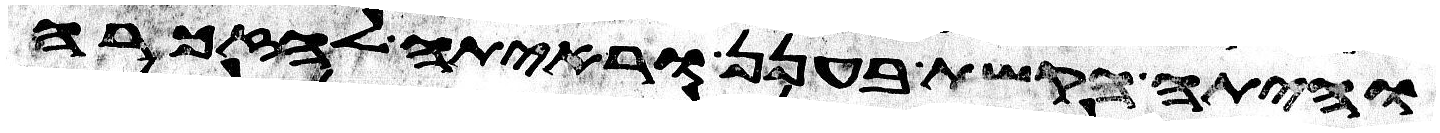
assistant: והיתה הקשת בענן וראיתה לאזכרה